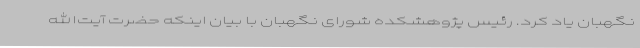
نگهبان یاد کرد. رئیس پژوهشکده شورای نگهبان با بیان اینکه حضرت آیت‌الله